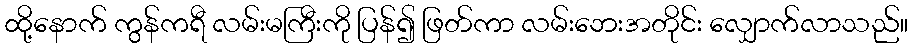
ထို့နောက် ကွန်ကရီ လမ်းမကြီးကို ပြန်၍ ဖြတ်ကာ လမ်းဘေးအတိုင်း လျှောက်လာသည်။